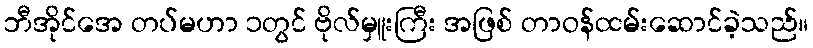
ဘီအိုင်အေ တပ်မဟာ ၁တွင် ဗိုလ်မှူးကြီး အဖြစ် တာဝန်ထမ်းဆောင်ခဲ့သည်။